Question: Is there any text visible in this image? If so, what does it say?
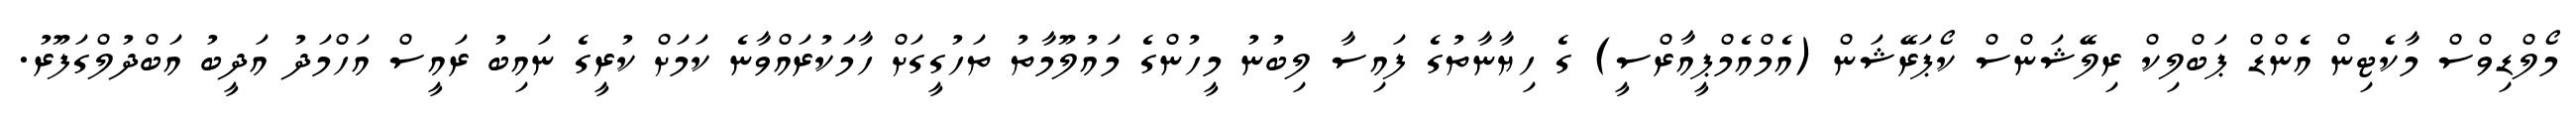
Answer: މޯލްޑިވްސް މާކެޓިން އެންޑް ޕަބްލިކް ރިލޭޝަންސް ކޯޕަރޭޝަން (އެމްއެމްޕީއާރްސީ) ގެ ހިޔާނާތުގެ ފައިސާ ލިބުނު މީހުންގެ މައުލޫމާތު ތަހުގީގަށް ހާމަކުރައްވާނެ ކަމަށް ކުރީގެ ނައިބު ރައީސް އަހްމަދު އަދީބު އަބްދުލްގަފޫރު.